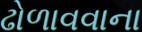
ઢોળાવવાના